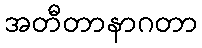
အတီတာနာဂတာ